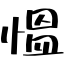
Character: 慍